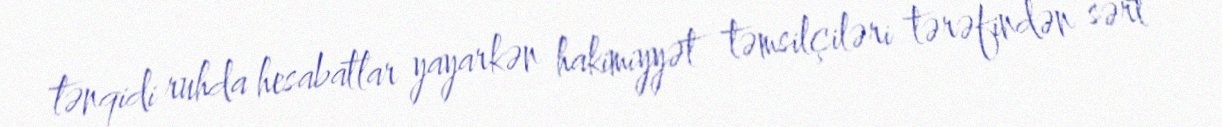
tənqidi ruhda hesabatlar yayarkən hakimiyyət təmsilçiləri tərəfindən sərt